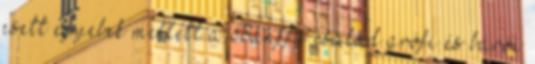
esett egyebek mellett a Bánffy család grófi és bárói